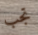
تجب